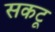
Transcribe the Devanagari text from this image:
सकटू